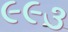
૯૯૩